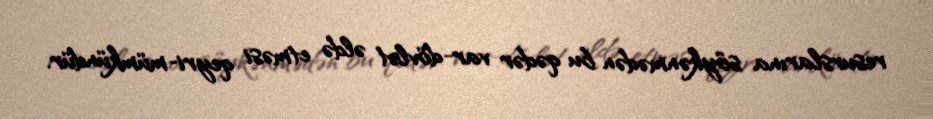
resurslarına söykənmədən bu qədər var-dövlət əldə etməsi qeyri-mümkündür.